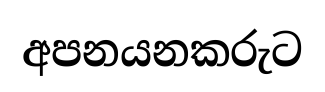
අපනයනකරුට